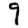
Digit: 9